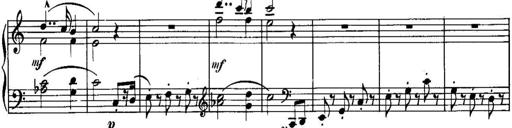
Title: Piano Sonatina No.1, Op.146
Composer: Stephen Heller